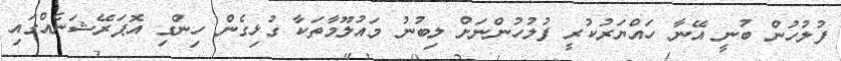
ފުލުހުން ބުނީ އޭނާ ހައްޔަރުކުރީ ފުލުހުންނަށް ލިބުނު މައުލޫމާތަކާ ގުޅިގެން ހިންގި އޮޕަރޭޝަނެއްގައި